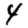
Digit: 4